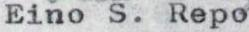
Eino S. Repo